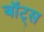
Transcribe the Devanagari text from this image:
बॉट्स